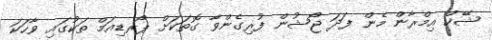
ޝޭޚް އިމްރާން މެން ފަދަ ޖޯޝުން ފުރިގެންވާ ގޮތަކަށް ޕޯރޑިއަމް ތަކުގައި ވާހަކަ